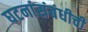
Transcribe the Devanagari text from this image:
घटनांसंबंधीची